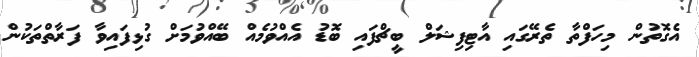
އެގޮތުން މިހަފްތާ ތެރޭގައި އާޓިފިޝަލް ބީޗްފައި ބޮޑު އެއްވުމެއް ބޭއްވުމަށް ގުޅިފައިވާ ފަރާތްތަކުން